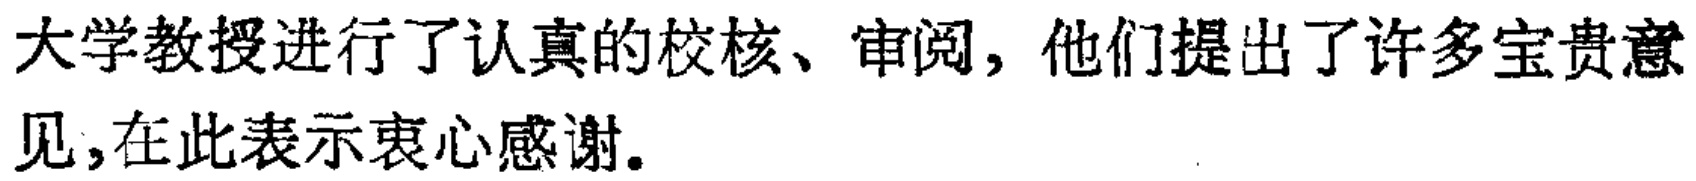
大学教授进行了认真的校核、审阅，他们提出了许多宝贵意见,在此表示衷心感谢。